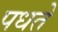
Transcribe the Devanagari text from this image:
पधते